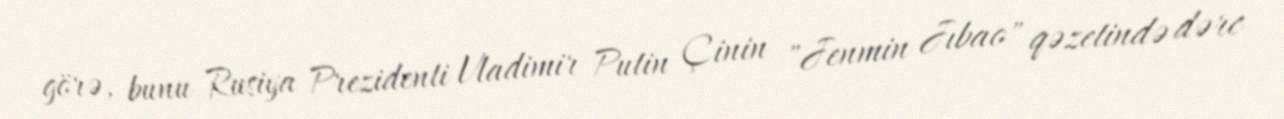
görə, bunu Rusiya Prezidenti Vladimir Putin Çinin "Jenmin Jıbao" qəzetində dərc